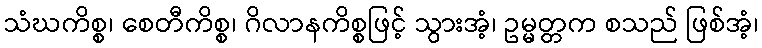
သံဃကိစ္စ၊ စေတီကိစ္စ၊ ဂိလာနကိစ္စဖြင့် သွားအံ့၊ ဥမ္မတ္တက စသည် ဖြစ်အံ့၊